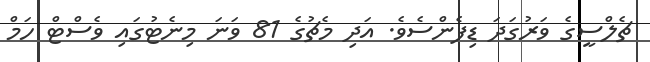
ޗެލްސީގެ ވަރުގަދަ ޑިފެންސެވެ. އަދި މެޗުގެ 81 ވަނަ މިނެޓުގައި ވެސްޓް ހަމް